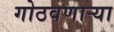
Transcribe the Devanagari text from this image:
गोठवणार्‍या